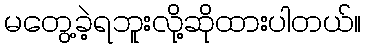
မတွေ့ခဲ့ရဘူးလို့ဆိုထားပါတယ်။